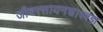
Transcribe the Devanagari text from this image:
जीवरसायनशास्त्रज्ञ